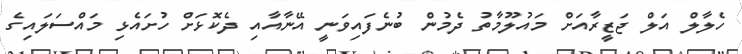
ހެލާލް އަލް ޖަޒީރާއަށް މައުލޫމާތު ދެމުން ބުނެފައިވަނީ އޭނާއާއި ދެކޮޅަށް ހުށައެޅި މައްސަލައިގެ